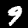
Label: 9